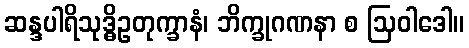
ဆန္ဒပါရိသုဒ္ဓိဥတုက္ခာနံ၊ ဘိက္ခုဂဏနာ စ ဩဝါဒေါ။